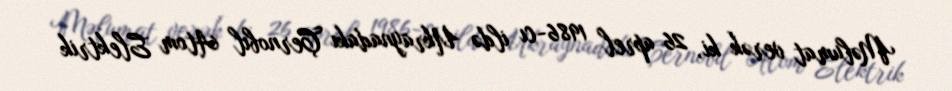
Məlumat verək ki, 26 aprel 1986-cı ildə Ukraynadakı Çernobıl Atom Elektrik